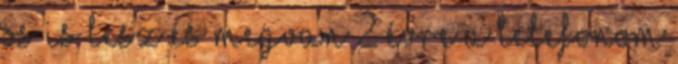
os is lesz és megvan 2 évre a telefonom